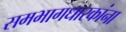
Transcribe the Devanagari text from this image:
समभागधारकांना